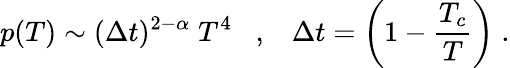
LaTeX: p(T)\sim(\Delta t)^{2-\alpha}\; T^{4}\; \; \; ,\; \; \; \Delta t=\left(1-\frac{T_{c}}{T}\right)\; .